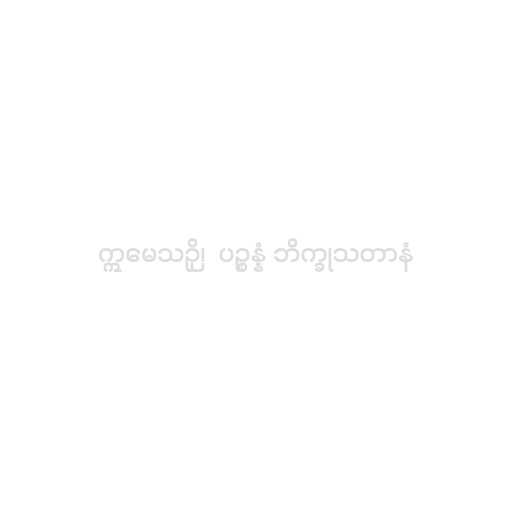
ဣမေသဉှိ၊  ပဉ္စန္နံ ဘိက္ခုသတာနံ